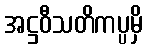
အဋ္ဌဝီသတိကပ္ပမှိ